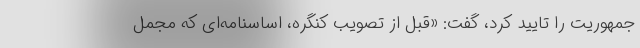
جمهوریت را تایید کرد، گفت: «قبل از تصویب کنگره، اساسنامه‌ای که مجمل